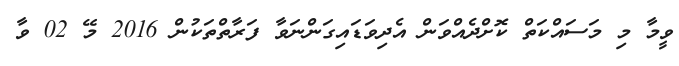
ވީމާ މި މަސައްކަތް ކޮށްދެއްވަން އެދިވަޑައިގަންނަވާ ފަރާތްތަކުން 2016 މޭ 02 ވާ